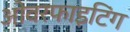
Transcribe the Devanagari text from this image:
ओवरफाइटिंग